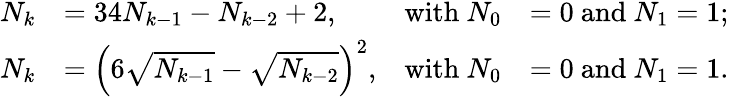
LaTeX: {\begin{array}{rlrl}{N_{k}}&{=34N_{k-1}-N_{k-2}+2,}&{{\mathrm{with~}}N_{0}}&{=0{\mathrm{~and~}}N_{1}=1;}\\ {N_{k}}&{=\left(6{\sqrt{N_{k-1}}}-{\sqrt{N_{k-2}}}\right)^{2},}&{{\mathrm{with~}}N_{0}}&{=0{\mathrm{~and~}}N_{1}=1.}\end{array}}